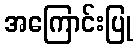
အကြောင်းပြု